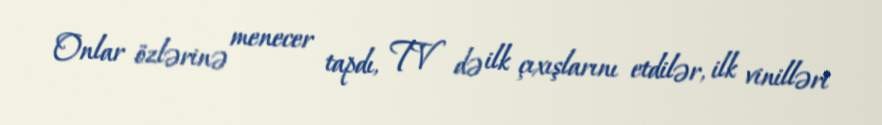
Onlar özlərinə menecer tapdı, TV də ilk çıxışlarını etdilər, ilk vinilləri